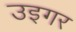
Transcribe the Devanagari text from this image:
उइगर